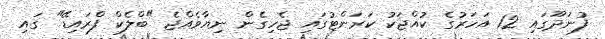
ފުނަދޫގައި 12 އަހަރުގެ ކުއްޖަކު ކަރަންޓުގައި ޖެހިގެން ނިޔާވެއްޖެ "ބްލެކް ފްރައިޑޭ" ގައި